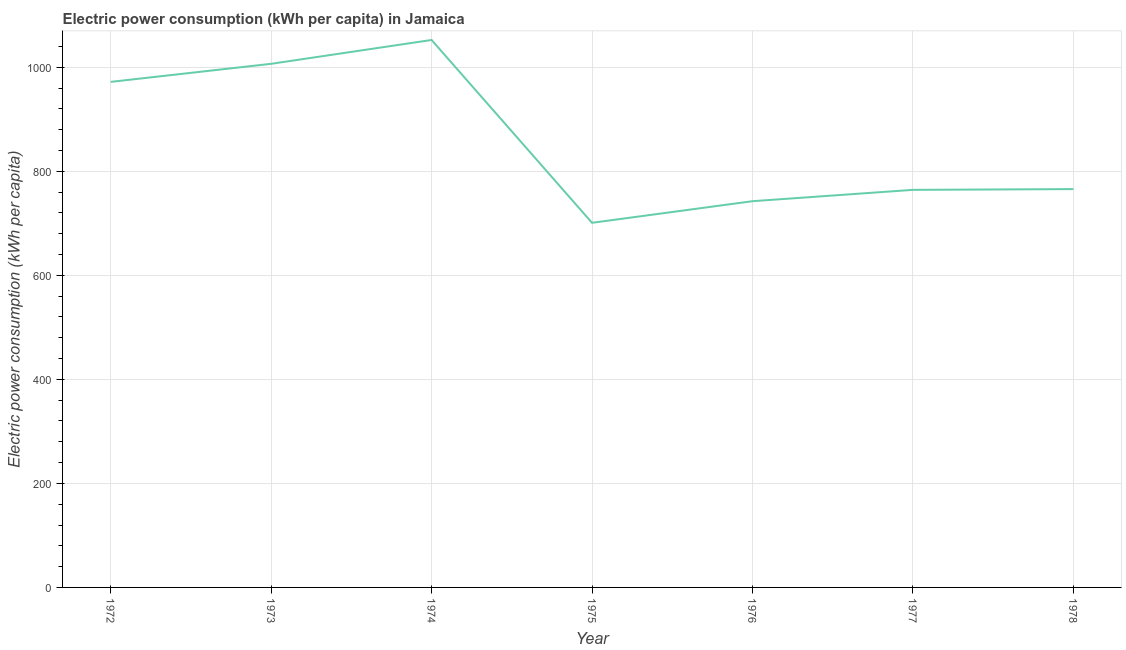
| Year | Electric power consumption |
 | --- | --- |
 | 1972 | 972 |
 | 1973 | 1.01e+03 |
 | 1974 | 1.05e+03 |
 | 1975 | 701 |
 | 1976 | 742 |
 | 1977 | 764 |
 | 1978 | 766 |